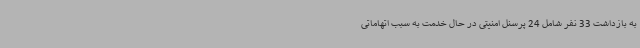
به بازداشت 33 نفر شامل 24 پرسنل امنیتی در حال خدمت به سبب اتهاماتی